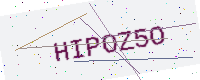
Text: HIPOZ5O